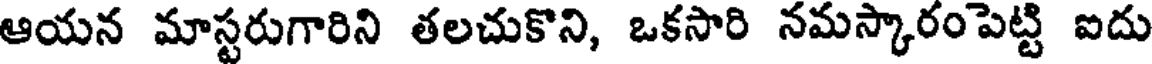
ఆయన మాస్టరుగారిని తలచుకొని, ఒకసారి నమస్కారంపెట్టి ఐదు